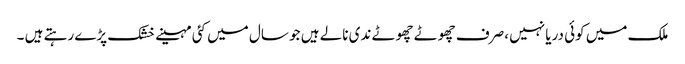
ملک میں کوئی دریا نہیں ،صرف چھوٹے چھوٹے ندی نالے ہیں جو سال میں کئی مہینے خشک پڑے رہتے ہیں ۔